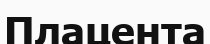
Плацента